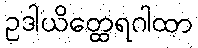
ဥဒါယိတ္ထေရဂါထာ